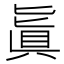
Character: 𠤤